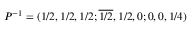
P ^ { - 1 } = ( 1 / 2 , 1 / 2 , 1 / 2 ; \overline { { 1 / 2 } } , 1 / 2 , 0 ; 0 , 0 , 1 / 4 )